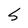
Character: S